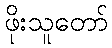
ဖိုးသူတော်